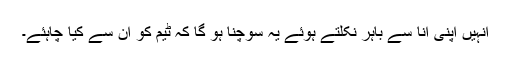
انہیں اپنی انا سے باہر نکلتے ہوئے یہ سوچنا ہو گا کہ ٹیم کو ان سے کیا چاہئے۔